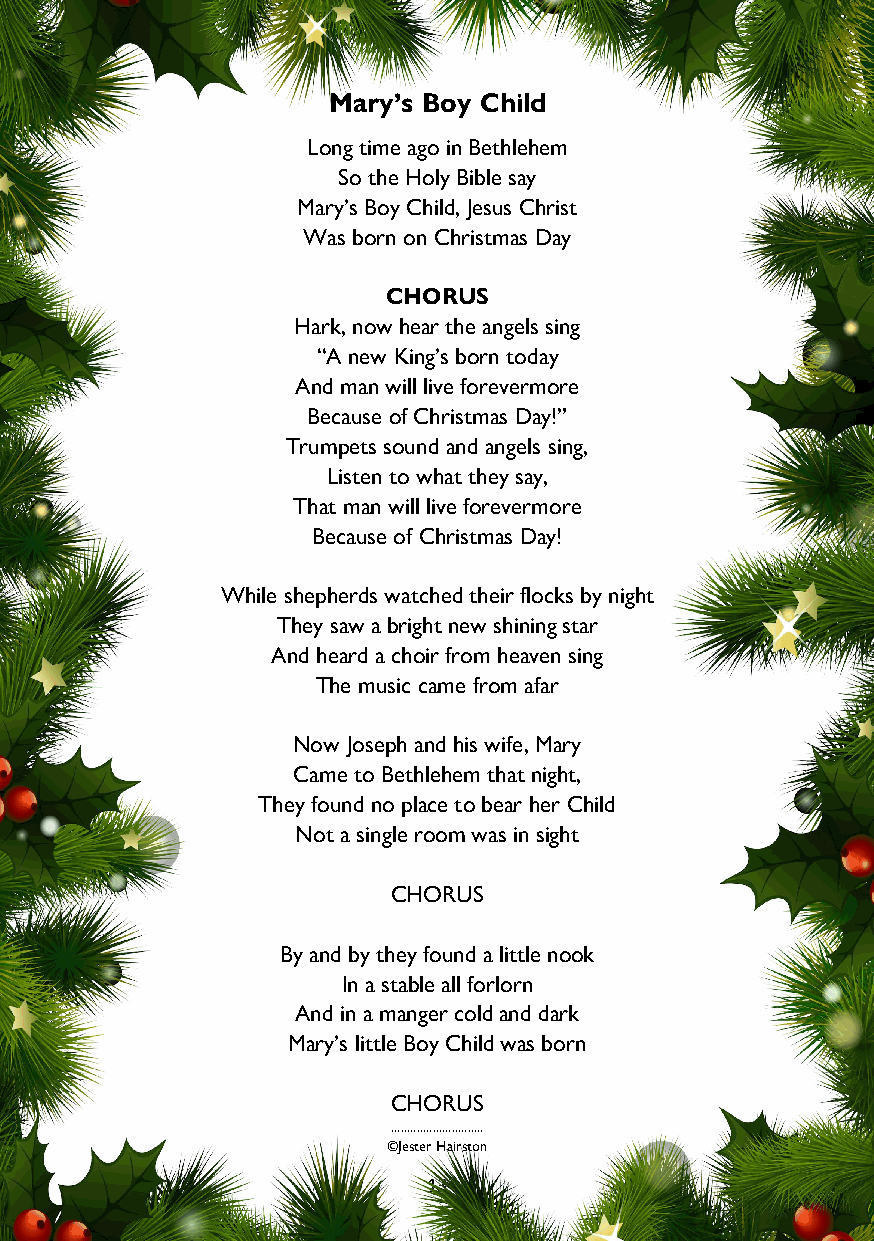
Mary’s Boy Child
 Long time ago in Bethlehem
 So the Holy Bible say
 Mary’s Boy Child, Jesus Christ
 Was born on Christmas Day
 CHORUS
 Hark, now hear the angels sing
 “A new King’s born today
 And man will live forevermore
 Because of Christmas Day!”
 Trumpets sound and angels sing,
 Listen to what they say,
 That man will live forevermore
 Because of Christmas Day!
 While shepherds watched their flocks by night
 They saw a bright new shining star
 And heard a choir from heaven sing
 The music came from afar
 Now Joseph and his wife, Mary
 Came to Bethlehem that night,
 They found no place to bear her Child
 Not a single room was in sight
 CHORUS
 By and by they found a little nook
 In a stable all forlorn
 And in a manger cold and dark
 Mary’s little Boy Child was born
 CHORUS
 .............................
 ©Jester Hairston
 13